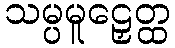
သမ္ပမူဠှေတ္ထ